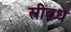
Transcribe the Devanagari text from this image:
स्त्रीवध